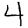
Digit: 4